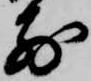
前